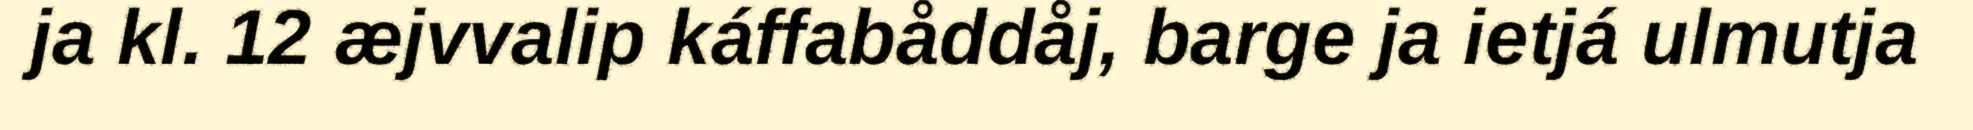
ja kl. 12 æjvvalip káffabåddåj, barge ja ietjá ulmutja